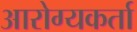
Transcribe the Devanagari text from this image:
आरोग्यकर्ता